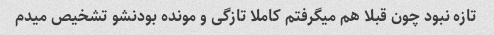
تازه نبود چون قبلا هم میگرفتم کاملا تازگی و مونده بودنشو تشخیص میدم